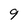
Character: 9